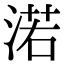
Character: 渃